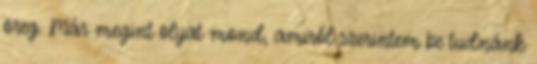
öreg. Már megint olyat mond, amiről szerintem be tudnánk